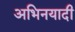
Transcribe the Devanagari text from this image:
अभिनयादी